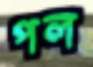
পল